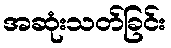
အဆုံးသတ်ခြင်း